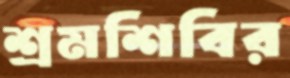
শ্রমশিবির